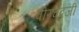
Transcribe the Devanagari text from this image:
वीरचंदजी